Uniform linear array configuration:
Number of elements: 64
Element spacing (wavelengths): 0.25
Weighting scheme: binomial
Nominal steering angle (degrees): -60
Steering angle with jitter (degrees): -59.13
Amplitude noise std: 0.05
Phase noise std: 0.05

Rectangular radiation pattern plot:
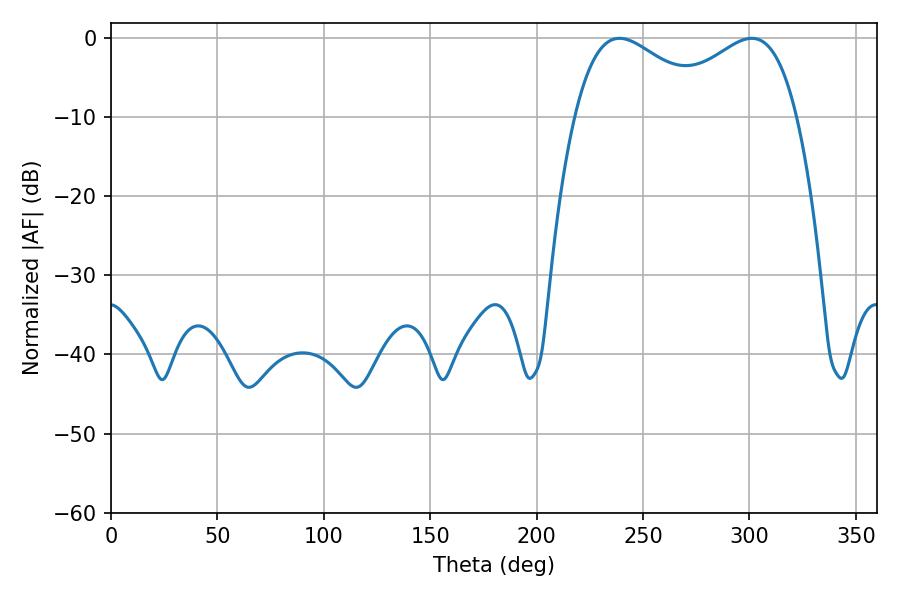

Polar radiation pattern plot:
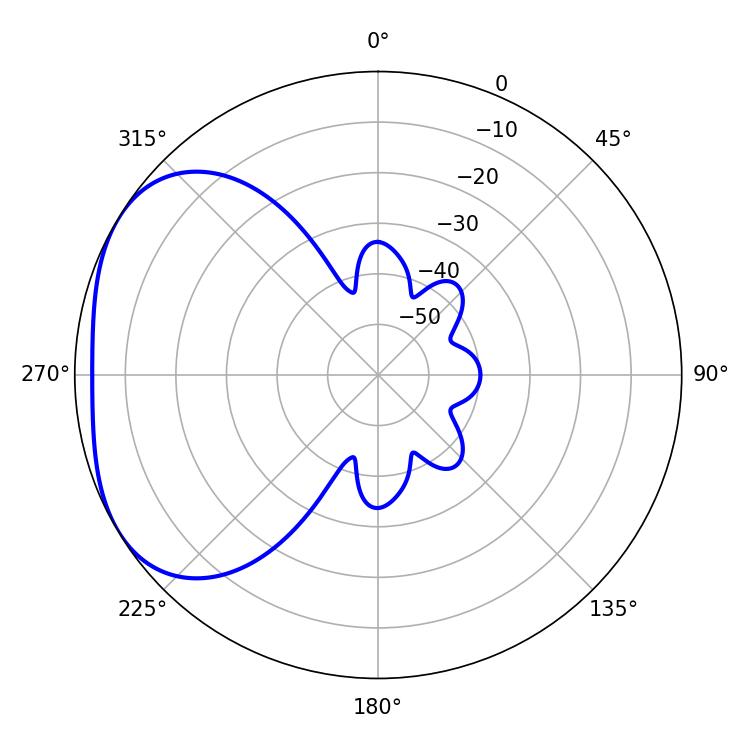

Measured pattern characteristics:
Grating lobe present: FALSE
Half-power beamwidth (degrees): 35.64
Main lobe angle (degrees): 238.86